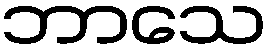
ဘာသေ